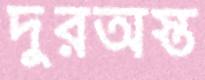
দুরঅস্ত